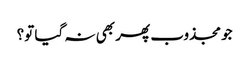
جو مجذوب پھر بھی نہ گیا تو؟